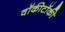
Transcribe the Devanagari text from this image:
वॉकीटॉकी